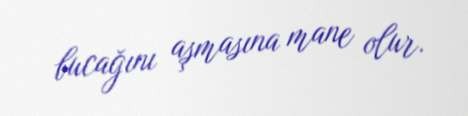
bucağını aşmasına mane olur.